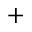
^ +